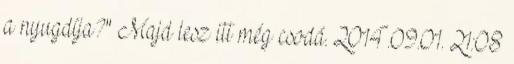
a nyugdíja?" Majd lesz itt még csodá. 2014.09.01. 21:08